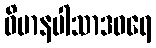
ဝိမာနပါသာဒဝရေ